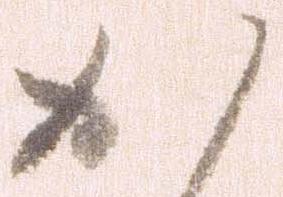
か